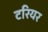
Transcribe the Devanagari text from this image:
टरियर